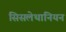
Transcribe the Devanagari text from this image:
सिसलेथानियन